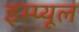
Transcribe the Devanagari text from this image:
इम्प्यूल